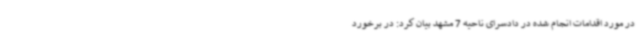
در مورد اقدامات انجام شده در دادسرای ناحیه 7 مشهد بیان کرد: در برخورد